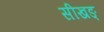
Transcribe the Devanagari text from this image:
सीखङ्